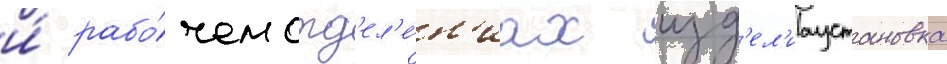
и́ рабо́чем отд'ел'е́н'иах изд'ел'иаустановка